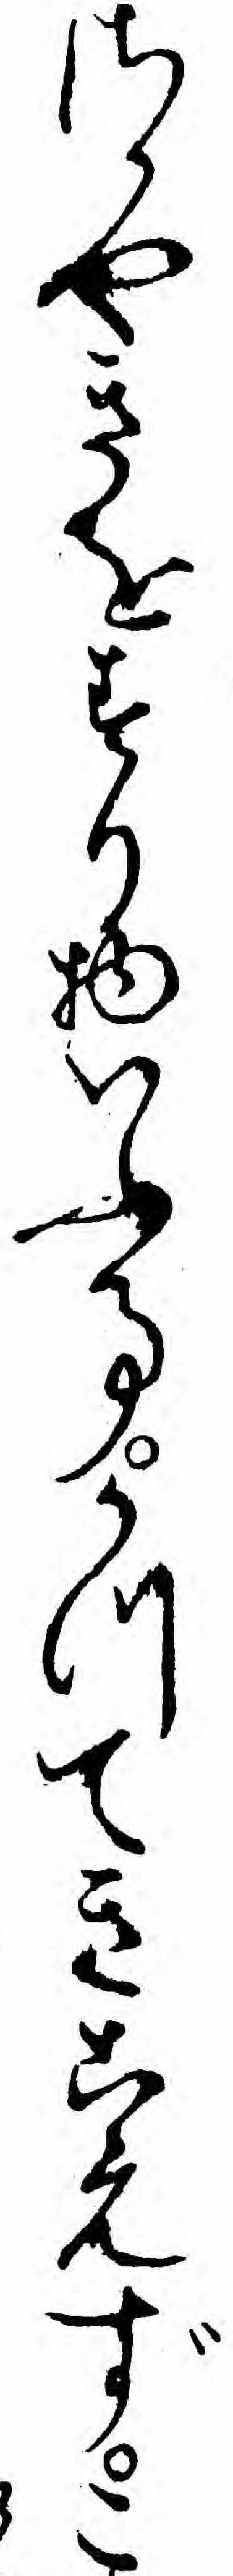
さかやきをすり物いふ事かつてきこえずこ